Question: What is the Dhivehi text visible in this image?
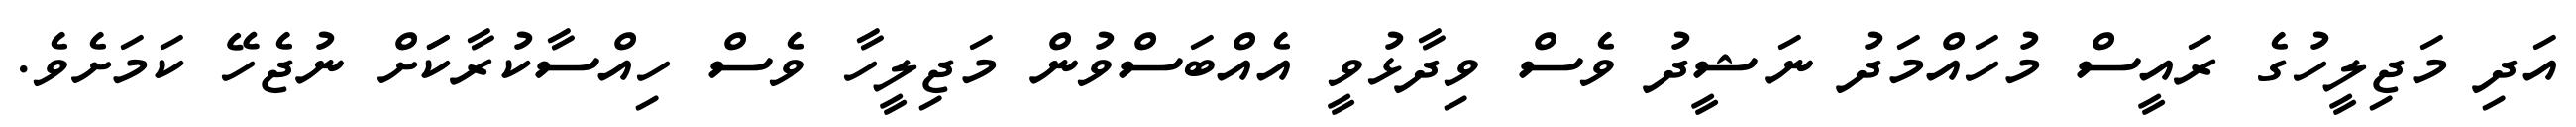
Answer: އަދި މަޖިލީހުގެ ރައީސް މުހައްމަދު ނަޝީދު ވެސް ވިދާޅުވީ އެއްބަސްވުން މަޖިލީހާ ވެސް ހިއްސާކުރާކަަށް ނުޖެހޭ ކަމަށެވެ.